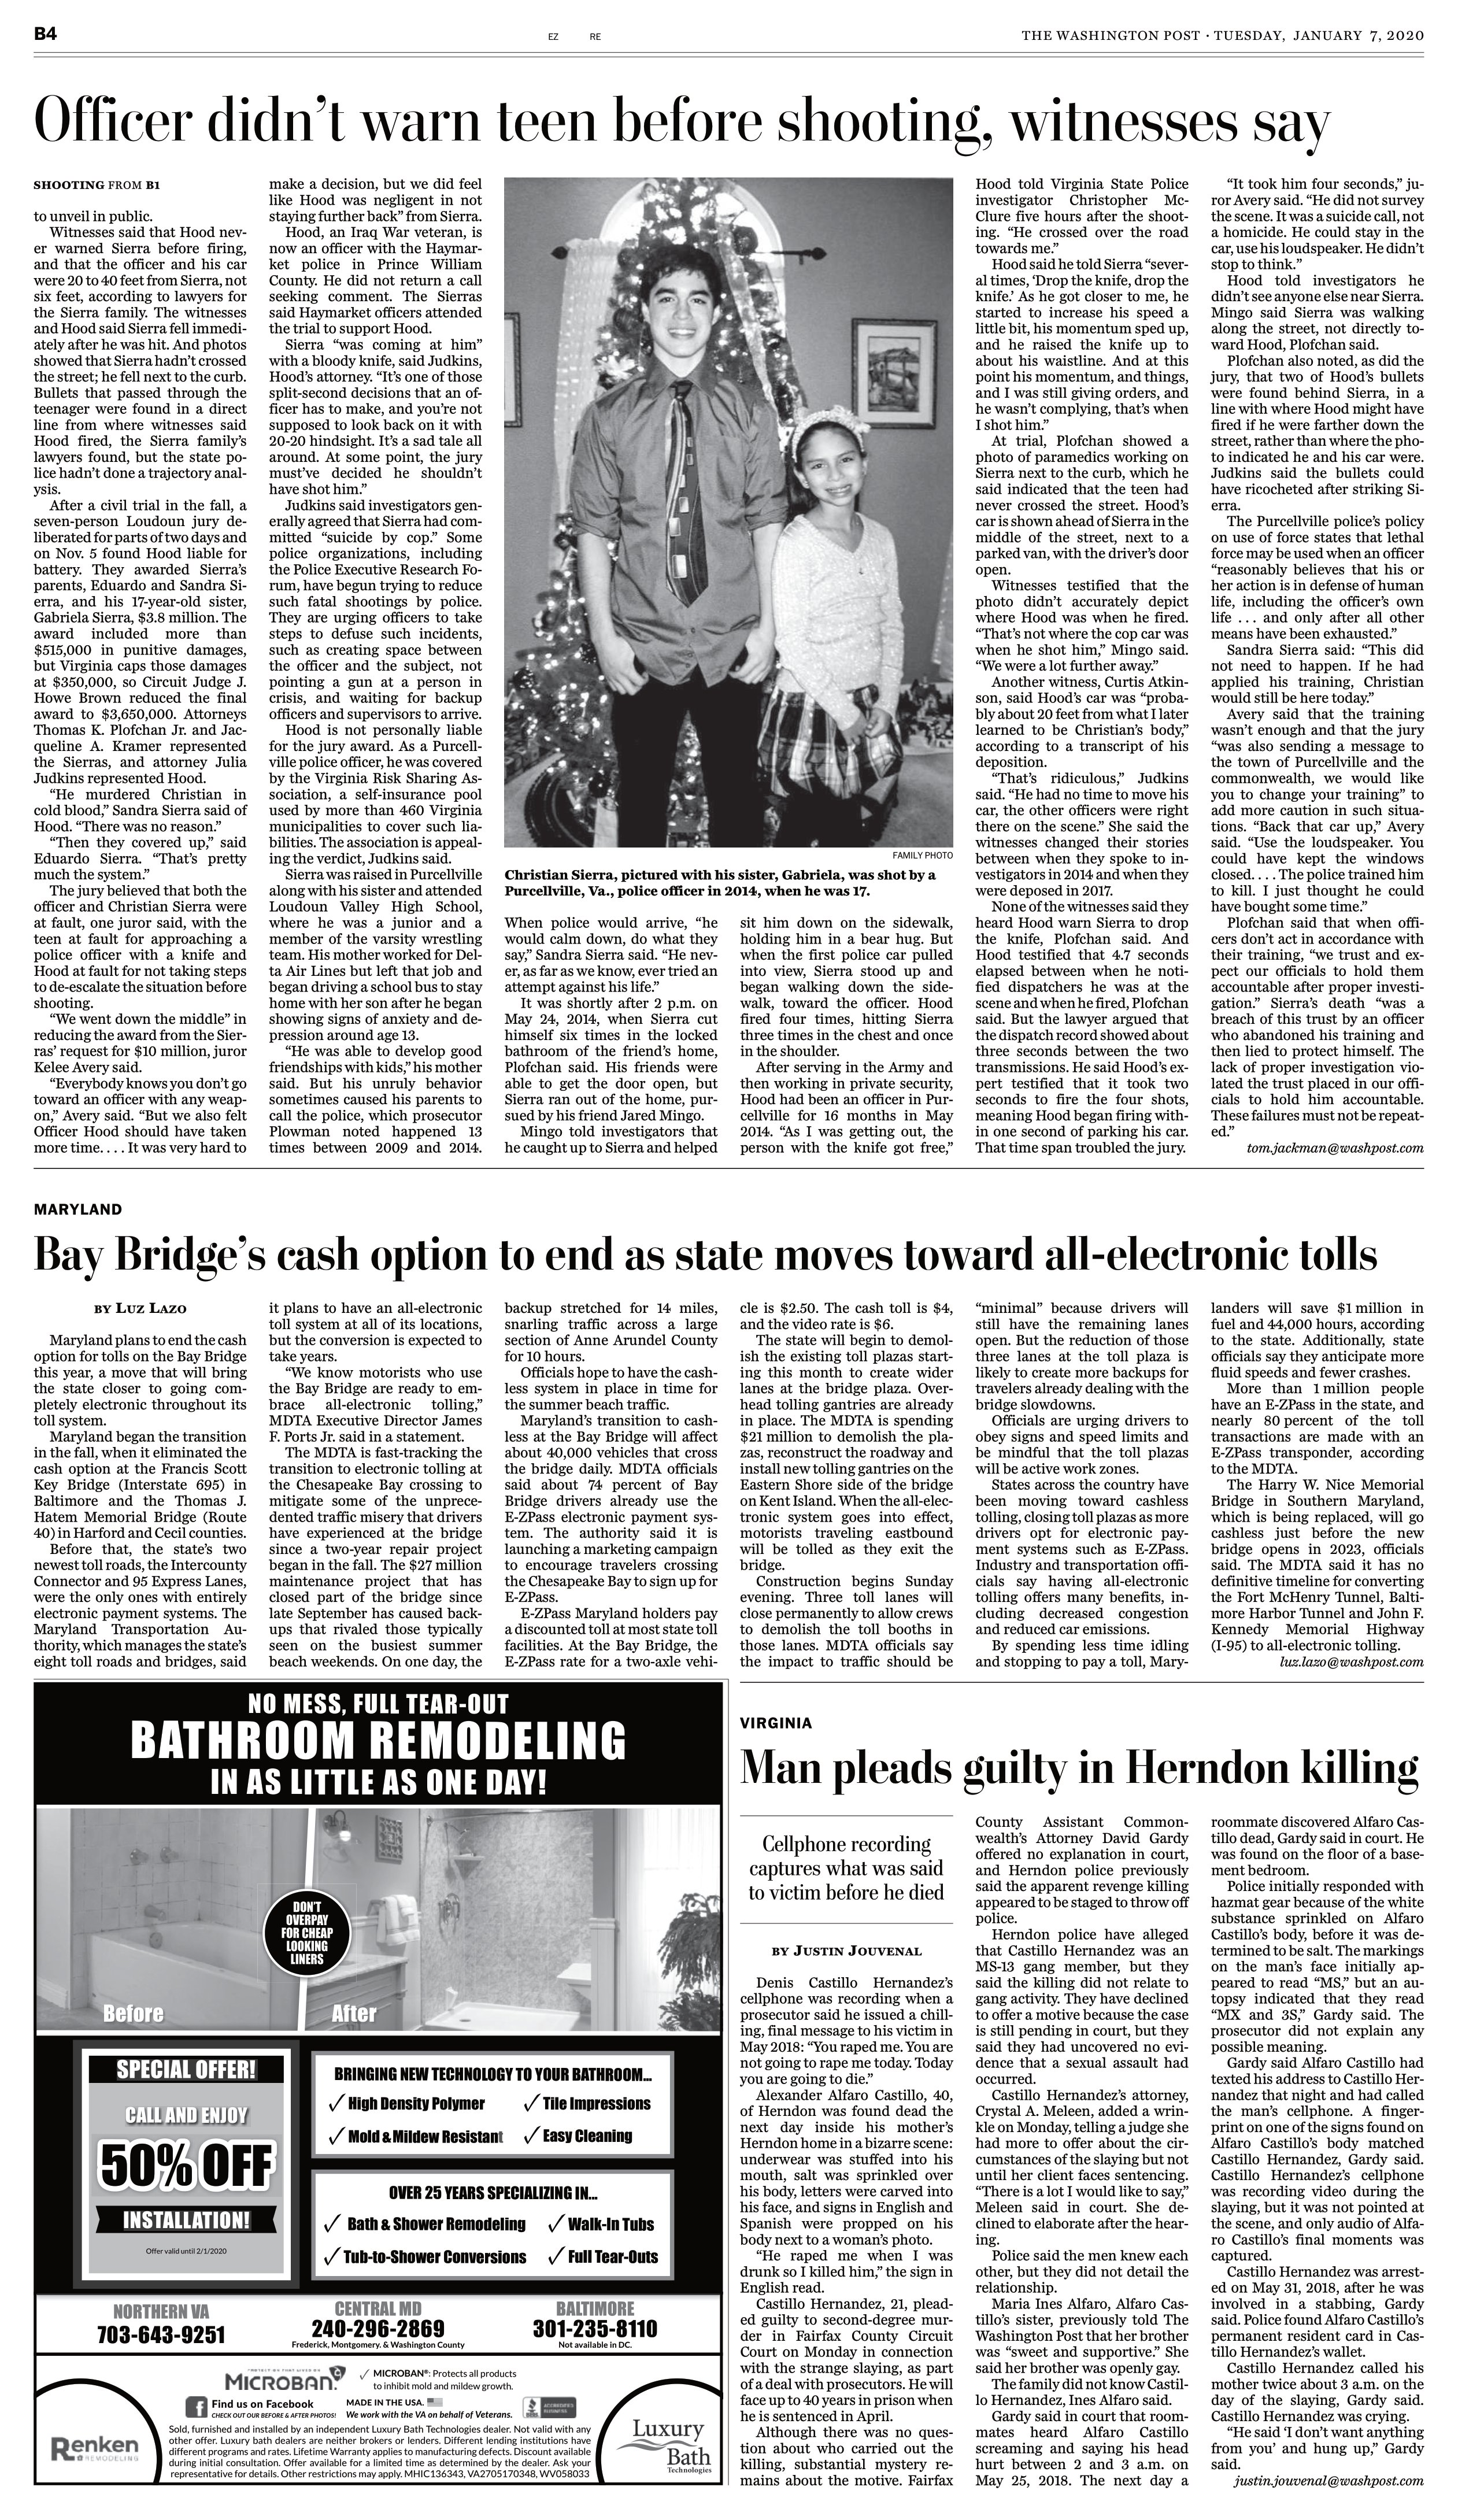
Language: en